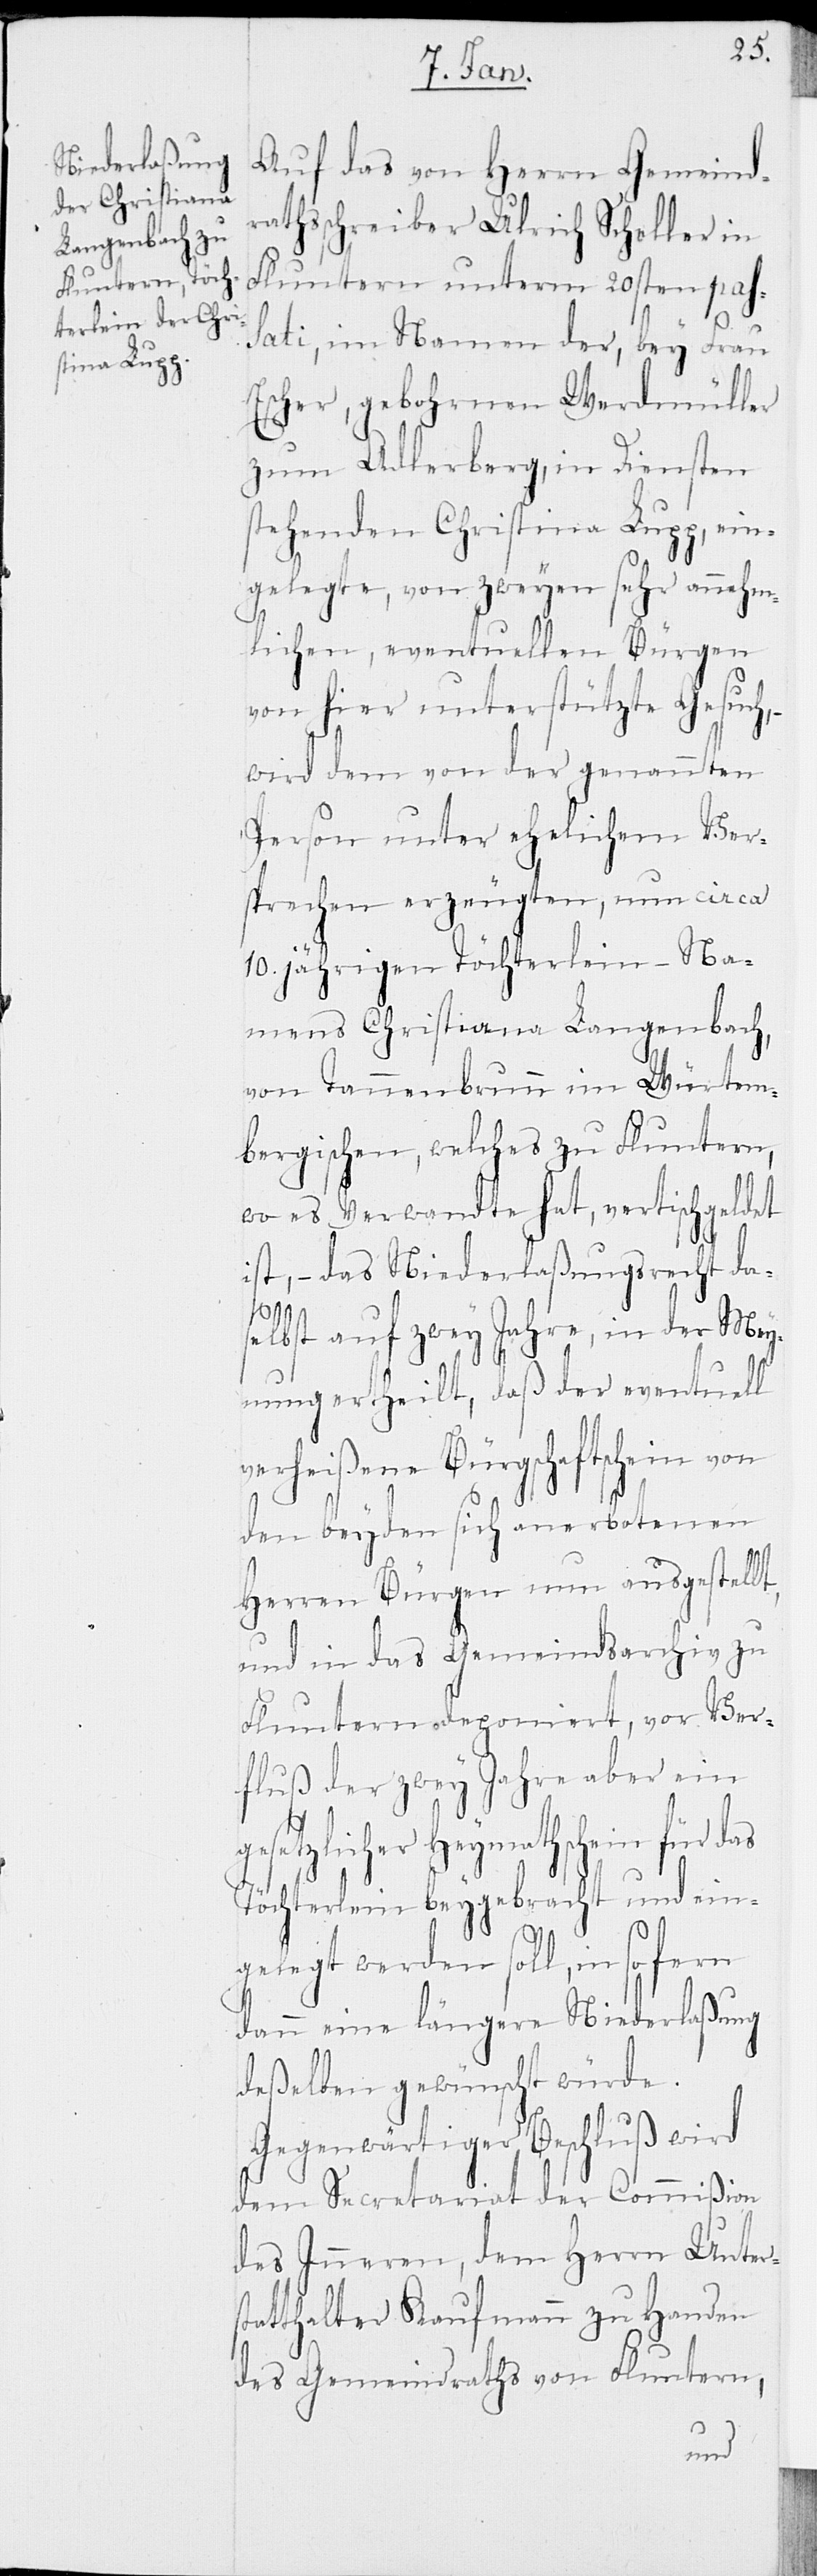
Auf das von Herrn Gemeindr¬
athsschreiber Ulrich Scheller in
Fluntern unterm 20sten pas¬
sati, im Namen der, bey Frau
Escher, gebohrnen Werdmüller
zum Adlerberg, in Diensten
stehenden Christina Lupp, ein¬
gelegte, von zweyen sehr annehm¬
lichen, eventuellen Bürgen
von hier unterstützten Gesuch,
wird dem von der genannten
Person unter ehelichem Ver¬
sprechen erzeugten, nun circa
10. jährigen Töchterlein – Na¬
mens Christiana Langenbach,
von Tannenbrunn im Würtem¬
bergischen, welches zu Fluntern,
wo es Verwandte hat, vertischgeldet
ist, – das Niederlaßungsrecht da¬
selbst auf zwey Jahre, in der Mey¬
nung ertheilt, daß der eventuell
verheißene Bürgschaftschein von
den beyden sich anerbotenen
Herren Bürgen nun ausgestellt,
und in das Gemeindsarchiv zu
Fluntern deponiert, vor Ver¬
fluß der zwey Jahre aber ein g¬
esetzlicher Heymathschein für
Töchterlein beygebracht und ein¬
gelegt werden soll, in so fern
dann eine längere Niederlaßung
deßelben gewünscht würde.
Gegenwärtiger Beschluß wird
dem Sekretariat der Commißion
des Inneren, dem Herrn Unter¬
statthalter Kaufmann zu Handen
des Gemeindraths von Fluntern,